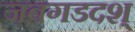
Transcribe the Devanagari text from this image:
जबगडदश्